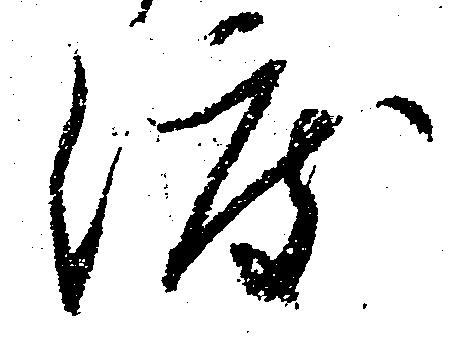
渡